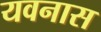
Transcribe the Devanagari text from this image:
यवनास